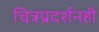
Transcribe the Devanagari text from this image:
चित्रप्रदर्शनही